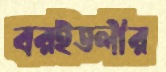
বরইতলীর